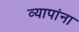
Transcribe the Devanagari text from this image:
व्यापांना